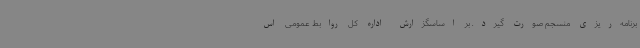
برنامه‌ریزی منسجم صورت گیرد. بر اساسگزارش اداره کل روابط عمومی اس